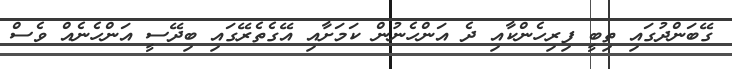
ގޭބަންދުގައި ތިބީ ފިރިހެންކާއި ދެ އަންހެނުން ކަމަށާއި އޭގެތެރޭގައި ބިދޭސީ އަންހެނެއް ވެސް